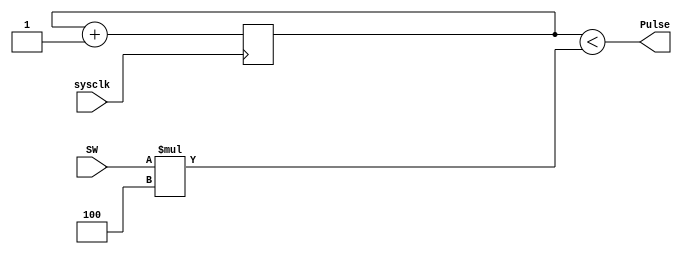
module PWM_Generator(input wire sysclk,
input wire [3:0] SW,
output wire Pulse);
reg [5:0] count = 0;
assign Pulse = count < (SW*4'd4);
always @(posedge sysclk)
		count<=count+1'b1;
endmodule